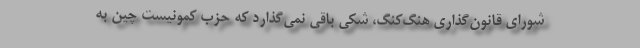
شورای قانون‌گذاری هنگ‌کنگ، شکی باقی نمی‌گذارد که حزب کمونیست چین به